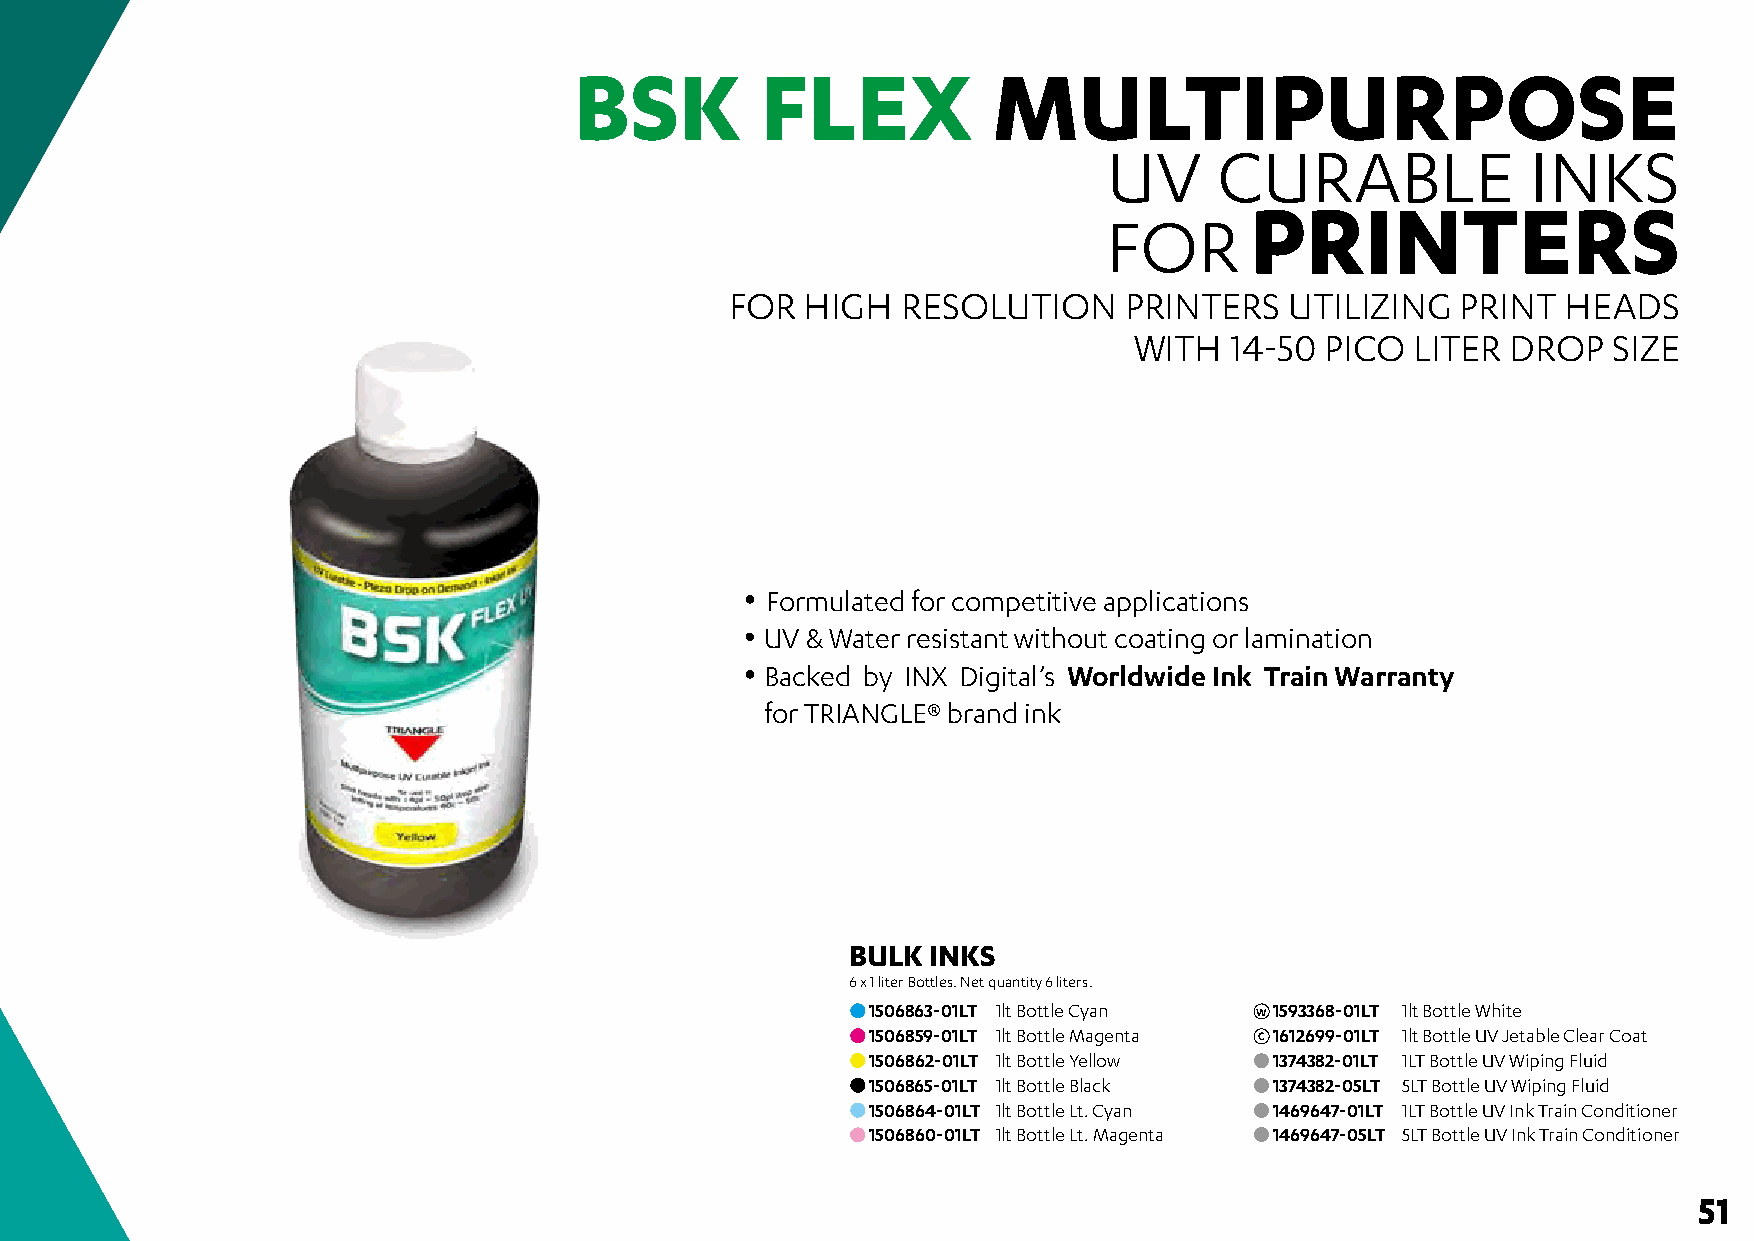
BSK         FLEX            MULTIPURPOSE
 UV      CURABLE             INKS
 PRINTERS
 FOR
 FOR  HIGH   RESOLUTION     PRINTERS  UTILIZING   PRINT  HEADS
 WITH  14-50  PICO  LITER DROP   SIZE
 • Formulated for competitive applications
 • UV & Water resistant without coating or lamination
 • Backed by INX Digital’s Worldwide Ink Train Warranty
 • for TRIANGLE® brand ink
 BULK  INKS
 6 x 1 liter Bottles. Net quantity 6 liters.
 1506863-01LT 1lt Bottle Cyan W 1593368-01LT 1lt Bottle White
 1506859-01LT 1lt Bottle Magenta C 1612699-01LT 1lt Bottle UV Jetable Clear Coat
 1506862-01LT 1lt Bottle Yellow 1374382-01LT 1LT Bottle UV Wiping Fluid
 1506865-01LT 1lt Bottle Black 1374382-05LT 5LT Bottle UV Wiping Fluid
 1506864-01LT 1lt Bottle Lt. Cyan 1469647-01LT 1LT Bottle UV Ink Train Conditioner
 1506860-01LT 1lt Bottle Lt. Magenta 1469647-05LT 5LT Bottle UV Ink Train Conditioner
 51